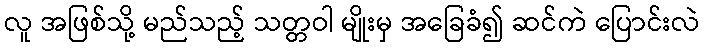
လူ အဖြစ်သို့ မည်သည့် သတ္တဝါ မျိုးမှ အခြေခံ၍ ဆင်ကဲ ပြောင်းလဲ